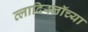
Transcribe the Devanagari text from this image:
व्लादिस्लॉच्या